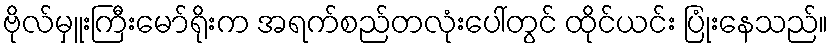
ဗိုလ်မှူးကြီးမော်ရိုးက အရက်စည်တလုံးပေါ်တွင် ထိုင်ယင်း ပြုံးနေသည်။